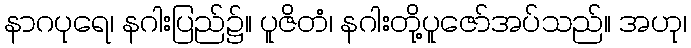
နာဂပုရေ၊ နဂါးပြည်၌။ ပူဇိတံ၊ နဂါးတို့ပူဇော်အပ်သည်။ အဟု၊